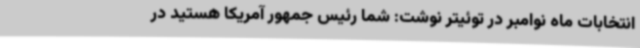
انتخابات ماه نوامبر در توئیتر نوشت: شما رئیس جمهور آمریکا هستید در